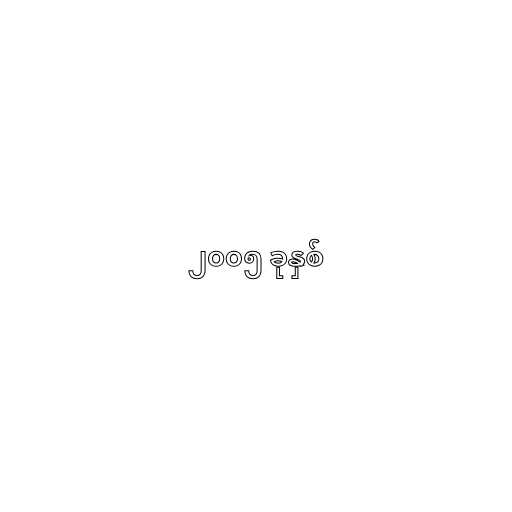
၂၀၀၅ ခုနှစ်